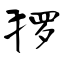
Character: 猡